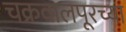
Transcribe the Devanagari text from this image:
चक्रवालपूरच्या